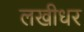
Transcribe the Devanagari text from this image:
लखीधर